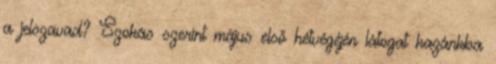
a jelszavad? Szokás szerint május első hétvégéjén látogat hazánkba